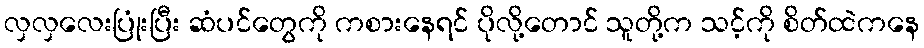
လှလှလေးပြုံးပြီး ဆံပင်တွေကို ကစားနေရင် ပိုလို့တောင် သူတို့က သင့်ကို စိတ်ထဲကနေ